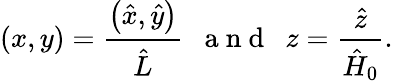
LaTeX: \left(x,y\right)=\frac{\left(\hat{x},\hat{y}\right)}{\hat{L}}~~\mathrm{~a~n~d~}~~z=\frac{\hat{z}}{\hat{H}_{0}}.